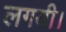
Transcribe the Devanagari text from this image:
लगयी।